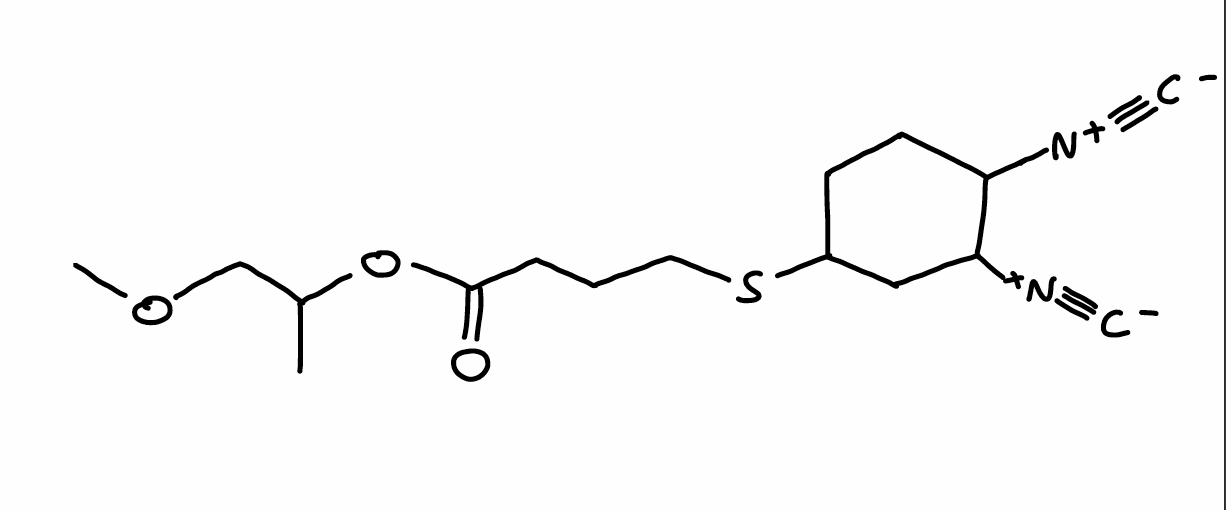
Simplified molecular-input line-entry system (SMILES) notation of the given molecule:
CC(COC)OC(=O)CCCSC1CCC(C(C1)[N+]#[C-])[N+]#[C-]